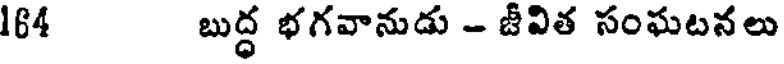
164 బుద్ధ భగవానుడు - జీవిత సంఘటనలు